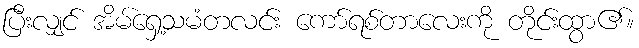
ပြီးလျှင် အိမ်ရှေ့သမံတလင်း ကော်ရစ်တာလေးကို တိုင်းထွာ၏။